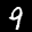
Label: 9